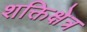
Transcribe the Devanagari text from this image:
शक्तिक्षेत्र